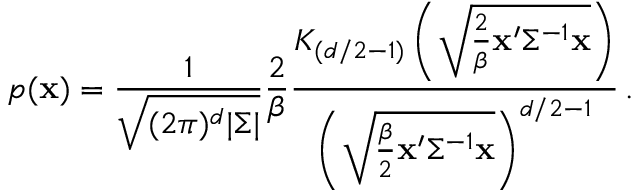
p ( { \bf x } ) = \frac { 1 } { \sqrt { ( 2 \pi ) ^ { d } | \Sigma | } } \frac { 2 } { \beta } \frac { K _ { ( d / 2 - 1 ) } \left( \sqrt { \frac { 2 } { \beta } { \bf x ^ { \prime } } \Sigma ^ { - 1 } { \bf x } } \right) } { \left( \sqrt { \frac { \beta } { 2 } { \bf x ^ { \prime } } \Sigma ^ { - 1 } { \bf x } } \right) ^ { d / 2 - 1 } } \, .